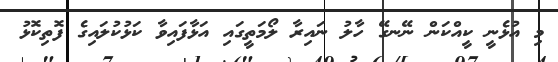
މި އުޅެނީ ކީއްކަން ނޭނގޭ ހާލު ނައިރާ ލޯމަތީގައި އަޅާފައިވާ ކަޅުކުލައިގެ ފޮތިކޮޅު